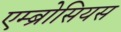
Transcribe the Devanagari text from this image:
एम्ब्रोसियस